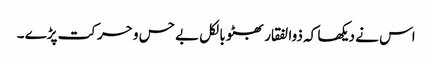
اس نے دیکھا کہ ذوالفقار بھٹو بالکل بے حس و حرکت پڑے ۔